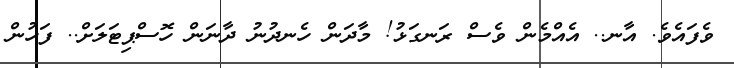
ވެފައެވެ. އާނ.. އެއްމެން ވެސް ރަނގަޅު! މާދަން ހެނދުނު ދާނަން ހޮސްޕިޓަލަށް.. ފަހުން